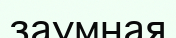
заумная